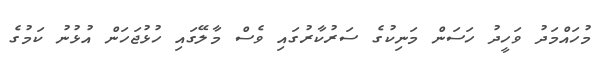
މުހައްމަދު ވަހީދު ހަސަން މަނިކުގެ ސަރުކާރުގައި ވެސް މާލޭގައި ހުޅުޖަހަން އުޅުނު ކަމުގެ